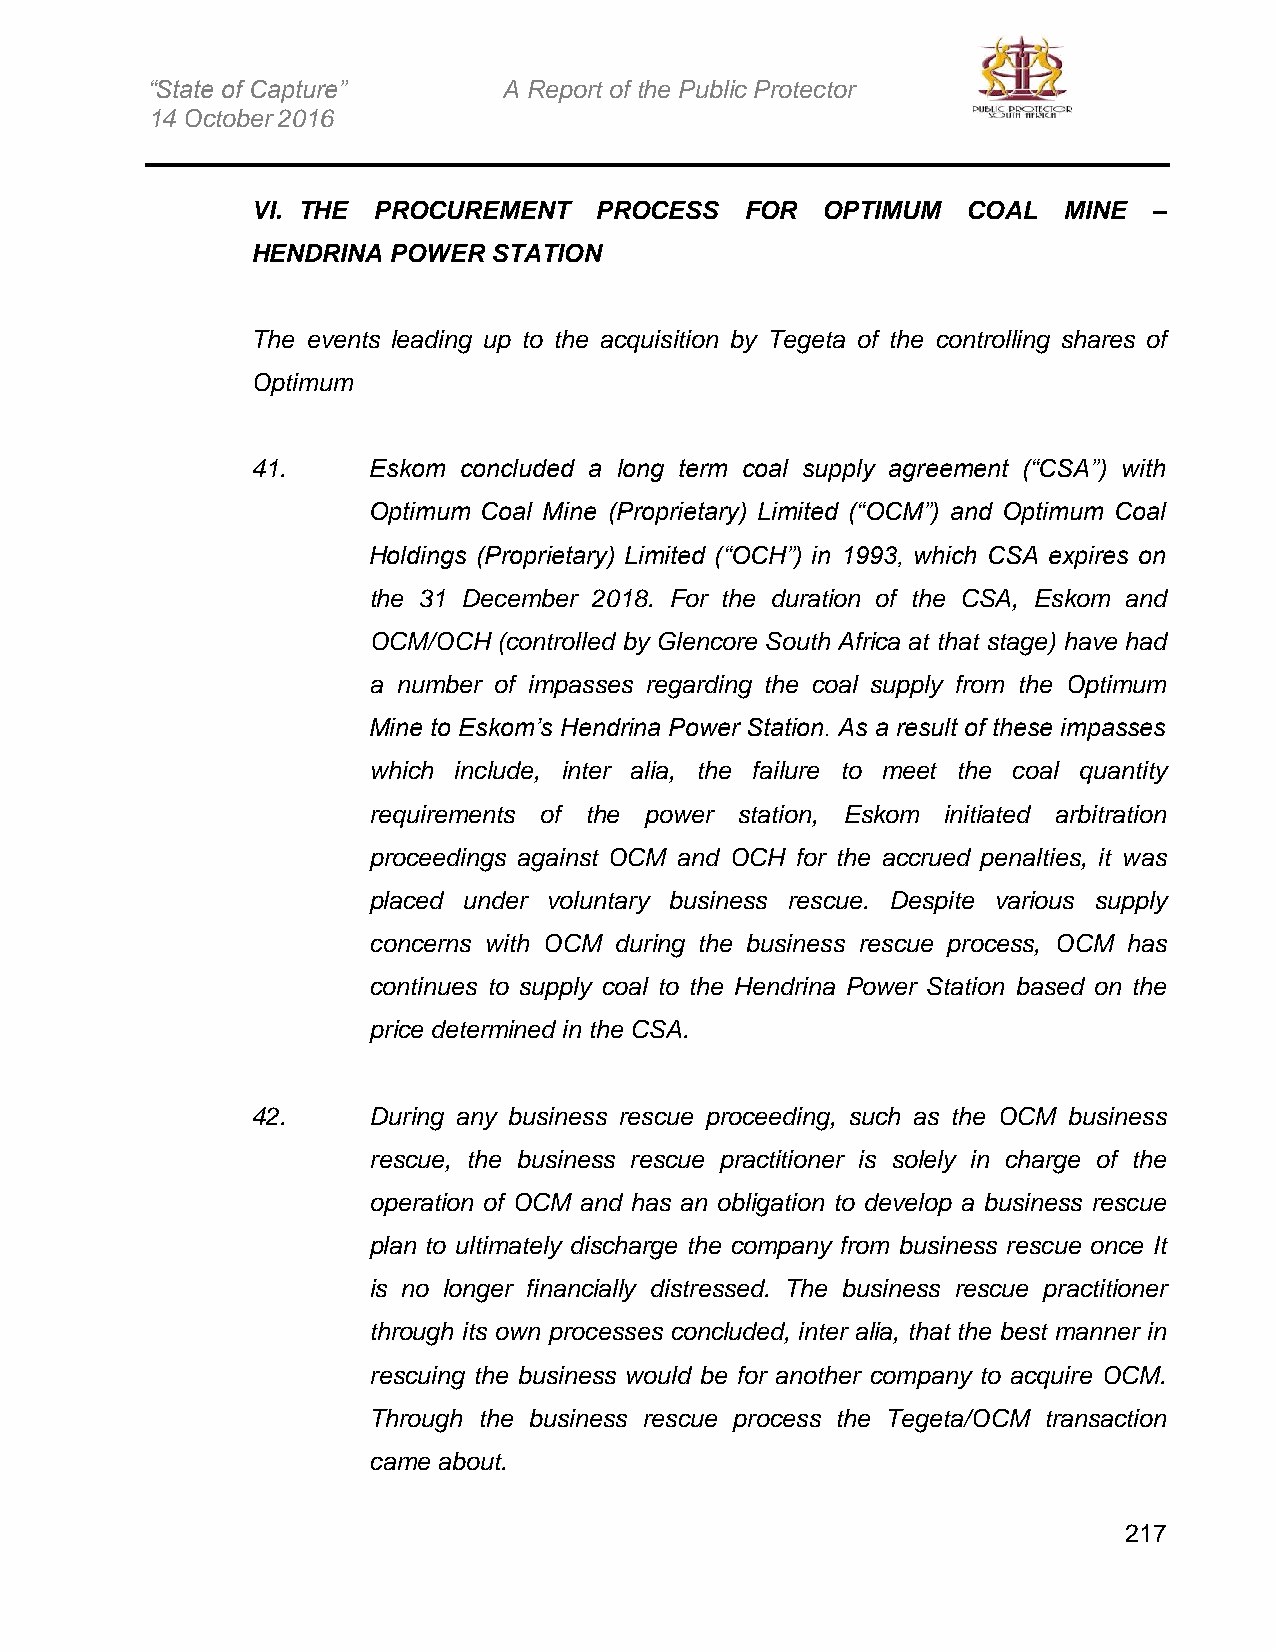
“State of Capture”     A Report of the Public Protector
 14 October 2016
 VI. THE PROCUREMENT   PROCESS   FOR  OPTIMUM   COAL  MINE  –
 HENDRINA POWER  STATION
 The events leading up to the acquisition by Tegeta of the controlling shares of
 Optimum
 41.    Eskom concluded a long term coal supply agreement (“CSA”) with
 Optimum Coal Mine (Proprietary) Limited (“OCM”) and Optimum Coal
 Holdings (Proprietary) Limited (“OCH”) in 1993, which CSA expires on
 the 31 December 2018. For the duration of the CSA, Eskom and
 OCM/OCH  (controlled by Glencore South Africa at that stage) have had
 a number of impasses regarding the coal supply from the Optimum
 Mine to Eskom’s Hendrina Power Station. As a result of these impasses
 which include, inter alia, the failure to meet the coal quantity
 requirements of the power station, Eskom initiated arbitration
 proceedings against OCM and OCH for the accrued penalties, it was
 placed under voluntary business rescue. Despite various supply
 concerns with OCM during the business rescue process, OCM has
 continues to supply coal to the Hendrina Power Station based on the
 price determined in the CSA.
 42.    During any business rescue proceeding, such as the OCM business
 rescue, the business rescue practitioner is solely in charge of the
 operation of OCM and has an obligation to develop a business rescue
 plan to ultimately discharge the company from business rescue once It
 is no longer financially distressed. The business rescue practitioner
 through its own processes concluded, inter alia, that the best manner in
 rescuing the business would be for another company to acquire OCM.
 Through the business rescue process the Tegeta/OCM transaction
 came about.
 217